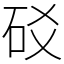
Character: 䂚